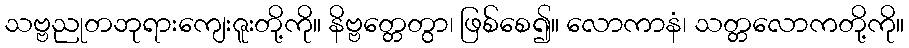
သဗ္ဗညုတဘုရားကျေးဇူးတို့ကို။ နိဗ္ဗတ္တေတွာ၊ ဖြစ်စေ၍။ လောကာနံ၊ သတ္တလောကတို့ကို။